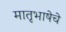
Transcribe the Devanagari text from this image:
मातृभाषेचे